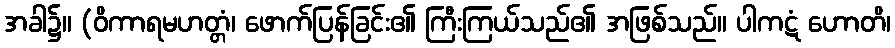
အခါ၌။ (ဝိကာရမဟတ္တံ၊ ဖောက်ပြန်ခြင်း၏ ကြီးကြယ်သည်၏ အဖြစ်သည်။ ပါကဋံ ဟောတိ၊